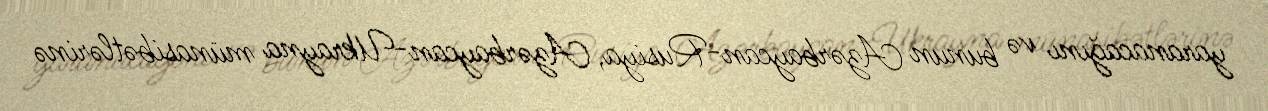
yaranacağını və bunun Azərbaycan-Rusiya, Azərbaycan-Ukrayna münasibətlərinə